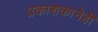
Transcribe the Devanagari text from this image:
प्रकाशकानेही